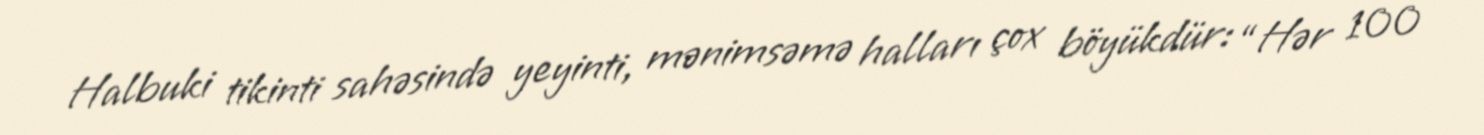
Halbuki tikinti sahəsində yeyinti, mənimsəmə halları çox böyükdür: “Hər 100